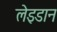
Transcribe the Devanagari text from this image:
लेइडान